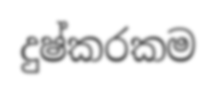
දුෂ්කරකම